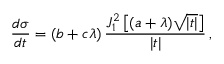
\frac { d \sigma } { d t } = ( b + c \lambda ) \, \frac { J _ { 1 } ^ { 2 } \left[ ( a + \lambda ) \sqrt { | t | } \right] } { | t | } \, ,